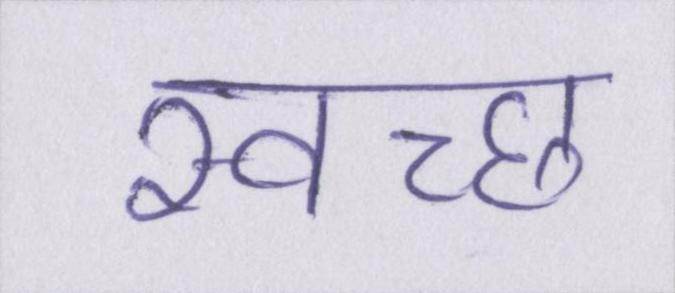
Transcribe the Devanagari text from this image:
स्वच्छ